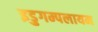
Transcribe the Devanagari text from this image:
इडुगम्पलायम